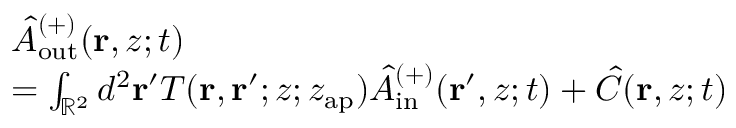
\begin{array} { r l } & { \hat { A } _ { \mathrm { o u t } } ^ { ( + ) } ( \mathbf { r } , z ; t ) } \\ & { = \int _ { \mathbb { R } ^ { 2 } } d ^ { 2 } \mathbf { r } ^ { \prime } T ( \mathbf { r } , \mathbf { r } ^ { \prime } ; z ; z _ { \mathrm { a p } } ) \hat { A } _ { \mathrm { i n } } ^ { ( + ) } ( \mathbf { r } ^ { \prime } , z ; t ) + \hat { C } ( \mathbf { r } , z ; t ) } \end{array}